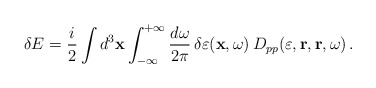
\begin{align*}\delta E =\frac{i}{2} \int d^3 {\bf x} \int_{-\infty}^{+\infty}\frac{d\omega}{2 \pi} \, \delta\varepsilon ({\bf x},\omega) \,D_{pp}(\varepsilon, {\bf r}, {\bf r}, \omega) \, . \end{align*}